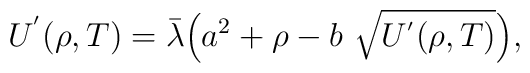
U^{'}(\rho, T) = \bar{\lambda} \Bigl( a^2 + \rho - b~  \sqrt{U^{'} (\rho, T)} \Bigr),